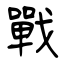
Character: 戰